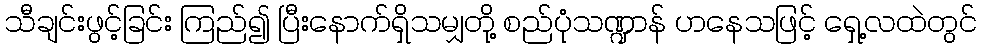
သီချင်းဖွင့်ခြင်း ကြည်၍ ပြီးနောက်ရှိသမျှတို့ စည်ပုံသဏ္ဍာန် ဟနေသဖြင့် ရှေ့လထဲတွင်